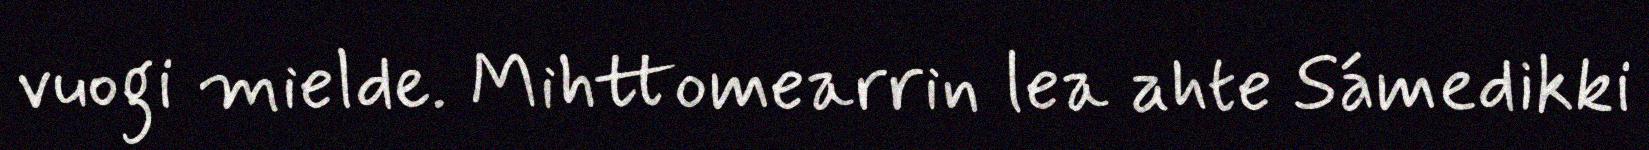
vuogi mielde. Mihttomearrin lea ahte Sámedikki